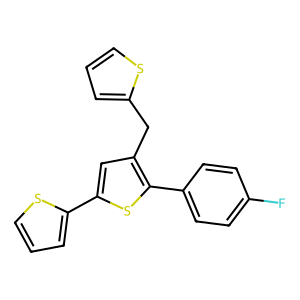
SMILES: Fc1ccc(-c2sc(-c3cccs3)cc2Cc2cccs2)cc1
Inhibits HIV replication: No